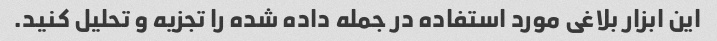
این ابزار بلاغی مورد استفاده در جمله داده شده را تجزیه و تحلیل کنید.